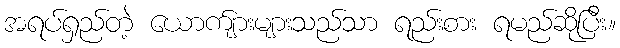
အရပ်ရှည်တဲ့ ယောက်ျားများသည်သာ ရည်းစား ရမည်ဆိုပြီး။